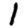
Digit: 1